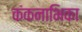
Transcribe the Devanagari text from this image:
कंकनाभिका